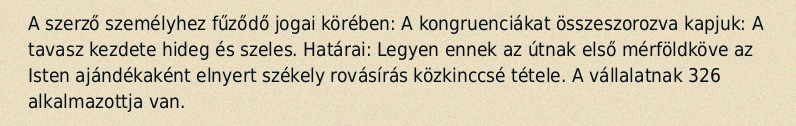
A szerző személyhez fűződő jogai körében: A kongruenciákat összeszorozva kapjuk: A tavasz kezdete hideg és szeles. Határai: Legyen ennek az útnak első mérföldköve az Isten ajándékaként elnyert székely rovásírás közkinccsé tétele. A vállalatnak 326 alkalmazottja van.